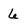
Character: 6